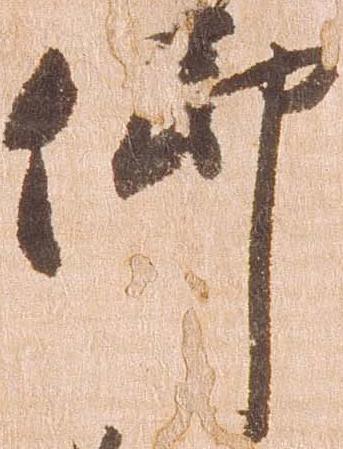
仰